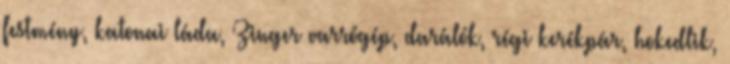
festmény, katonai láda, Zinger varrógép, darálók, régi kerékpár, hokedlik,